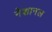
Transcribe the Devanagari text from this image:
नेशानल